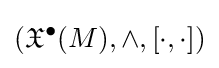
({\mathfrak {X}}^{\bullet }(M),\wedge ,[\cdot ,\cdot ])